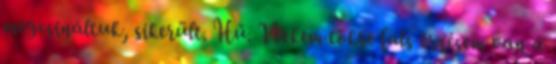
megcsináltuk, sikerült. Hű. Nekem tökre fals érzésem van a